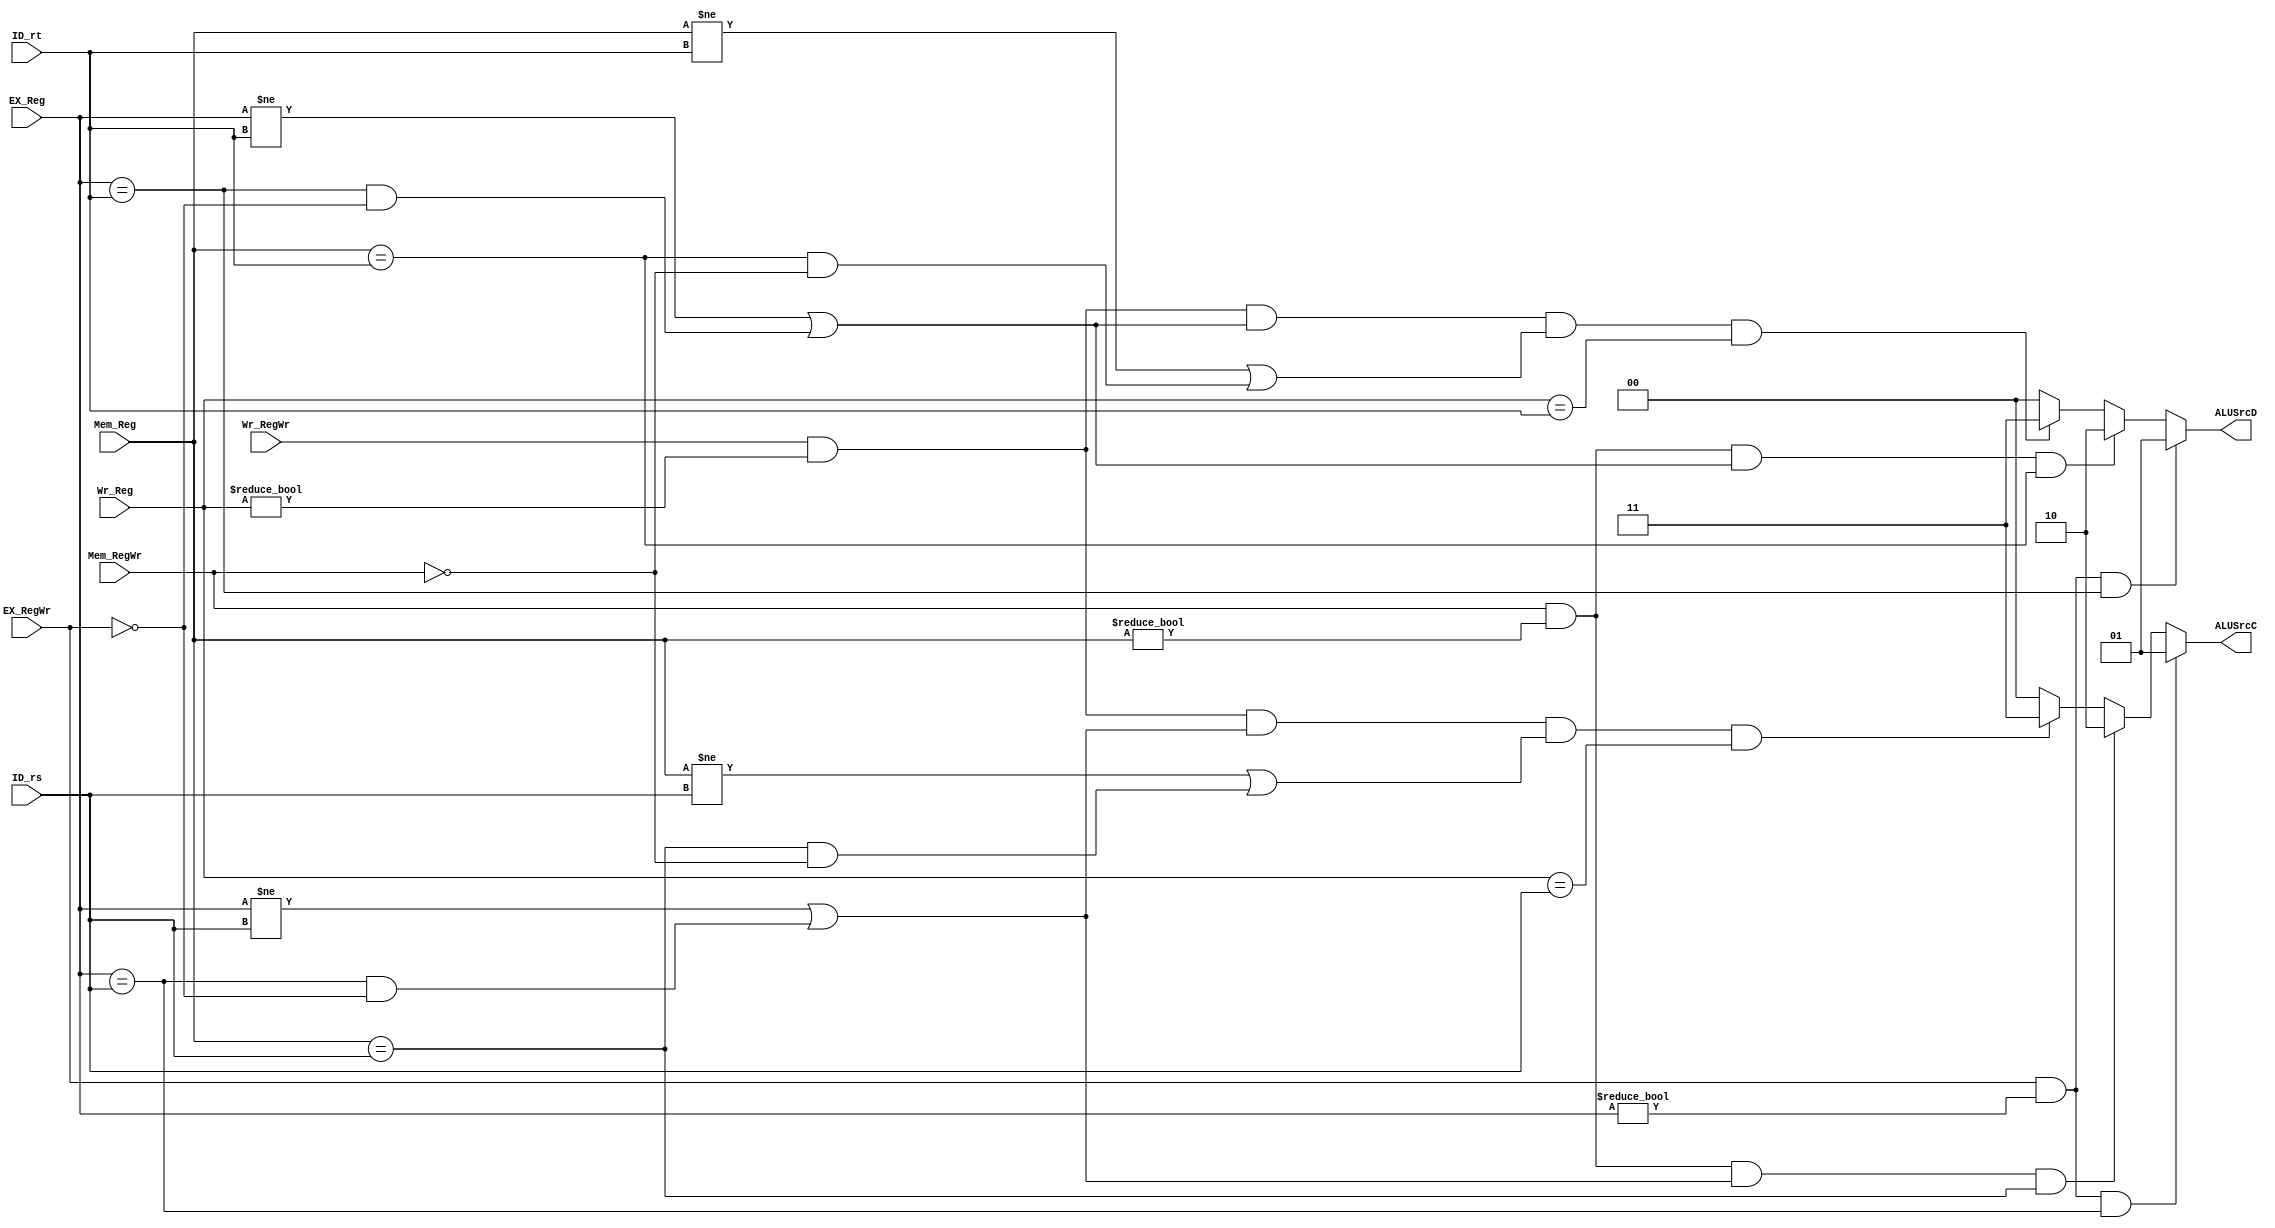
module Pre_Data_Hazard(Mem_RegWr,Mem_Reg,ID_rs,ID_rt,EX_RegWr,EX_Reg,Wr_RegWr,Wr_Reg,ALUSrcC,ALUSrcD);
	input	Mem_RegWr,EX_RegWr,Wr_RegWr;
	input[4:0]	Mem_Reg,EX_Reg,Wr_Reg,ID_rs,ID_rt;
//parameters which is needed in this module	

	wire	C1C,C1D,C2C,C2D,C3C,C3D;
//intermediate variables	

	assign	C1C = EX_RegWr && (EX_Reg != 0) && (EX_Reg == ID_rs);
	assign	C1D = EX_RegWr && (EX_Reg != 0) && (EX_Reg == ID_rt);
	assign	C2C = Mem_RegWr && (Mem_Reg != 0) && ((EX_Reg != ID_rs)||(EX_Reg == ID_rs && EX_RegWr == 0)) && (Mem_Reg == ID_rs);
	assign	C2D = Mem_RegWr && (Mem_Reg != 0) && ((EX_Reg != ID_rt)||(EX_Reg == ID_rt && EX_RegWr == 0)) && (Mem_Reg == ID_rt);
	assign	C3C = Wr_RegWr && (Wr_Reg != 0) && ((EX_Reg != ID_rs)||(EX_Reg == ID_rs && EX_RegWr == 0)) && ((Mem_Reg != ID_rs)||(Mem_Reg == ID_rs && Mem_RegWr == 0)) && (Wr_Reg == ID_rs);
	assign	C3D = Wr_RegWr && (Wr_Reg != 0) && ((EX_Reg != ID_rt)||(EX_Reg == ID_rt && EX_RegWr == 0)) && ((Mem_Reg != ID_rt)||(Mem_Reg == ID_rt && Mem_RegWr == 0)) && (Wr_Reg == ID_rt); 
//definitions

	output reg[1:0]	ALUSrcC,ALUSrcD;
//reg-type output

	initial
	begin
		ALUSrcC = 0;
		ALUSrcD = 0;
	end
//initial assignment

	always@(C1C or C2C or C3C)
	begin
		if(C1C == 1)	ALUSrcC <= 2'b01;//RS EX-segment data hazard
		else if(C2C == 1)	ALUSrcC <= 2'b10;//RS Mem-segment data hazard
		else if(C3C == 1)	ALUSrcC <= 2'b11;//RS Wr-segment data hazard
		else	ALUSrcC <= 2'b00;//no data hazard
	end

	always@(C1D or C2D or C3D)
	begin
		if(C1D == 1)	ALUSrcD <= 2'b01;//RT EX-segment data hazard
		else if(C2D == 1)	ALUSrcD <= 2'b10;//RT Mem-segment data hazard
		else if(C3D == 1)	ALUSrcD <= 2'b11;//RT Wr-segment data hazard
		else	ALUSrcD <= 2'b00;//no data hazard
	end

endmodule